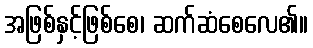
အဖြစ်နှင့်ဖြစ်စေ၊ ဆက်ဆံစေလေ၏။